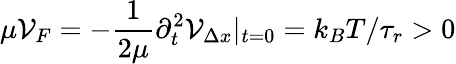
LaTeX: \mu{\cal V}_{F}=-\frac{1}{2\mu}\partial_{t}^{2}{\cal V}_{\Delta x}|_{t=0}=k_{B}T/\tau_{r}>0